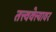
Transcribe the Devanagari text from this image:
तत्त्ववेत्त्यावर